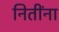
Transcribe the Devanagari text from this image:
नितींना